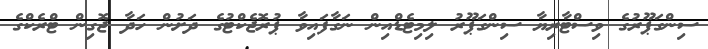
ސިންގަޕޫރުގެ ވިސްޓާރިޔާ ސިންގަޕޫރު ލިމިޓެޑްއިން ނަގާފައިވާ ޕުރޮޖެކްޓުގެ ދަށުން ހަދާ ޖޮގިން ޓްރެކްގެ